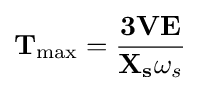
\mathbf {T} _{\text{max}}={\frac {{\mathbf {3} }{\mathbf {V} }{\mathbf {E} }}{{\mathbf {X_{s}} }{\omega _{s}}}}